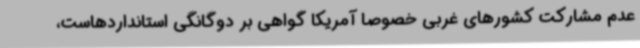
عدم مشارکت کشورهای غربی خصوصا آمریکا گواهی بر دوگانگی استانداردهاست،